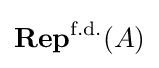
{\textbf {Rep}}^{\text{f.d.}}(A)